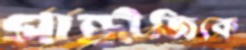
গান্ধীজিকে